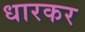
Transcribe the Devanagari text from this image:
धारकर